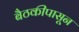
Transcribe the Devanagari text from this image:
बैठकीपासून